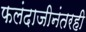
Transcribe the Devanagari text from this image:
फलंदाजीनंतरही